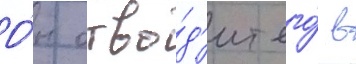
О́н отво́д'ит его́ в